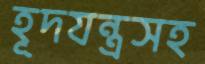
হূদযন্ত্রসহ